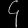
Digit: ၄